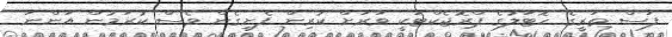
ފަސް ތަރީގެ ހޮޓަލުގެ ޕްރޮޖެކްޓަކީ ވަރަށް ކުރިން ފެށިގެން ވެސް ކުރަމުން އަންނަ